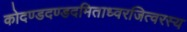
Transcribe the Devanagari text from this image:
कोदण्डदण्डदमिताध्वरजित्वरस्य